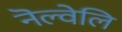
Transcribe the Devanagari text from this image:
नॆल्वेलि